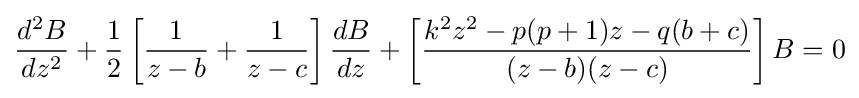
{\frac {d^{2}B}{dz^{2}}}+{\frac {1}{2}}\left[{\frac {1}{z-b}}+{\frac {1}{z-c}}\right]{\frac {dB}{dz}}+\left[{\frac {k^{2}z^{2}-p(p+1)z-q(b+c)}{(z-b)(z-c)}}\right]B=0